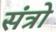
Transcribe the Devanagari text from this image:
संत्रो